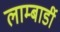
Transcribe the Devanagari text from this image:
लाम्बार्डी